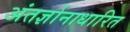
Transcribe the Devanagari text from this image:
अंतर्ज्ञानाधारित